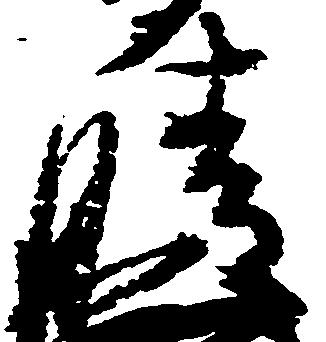
晴